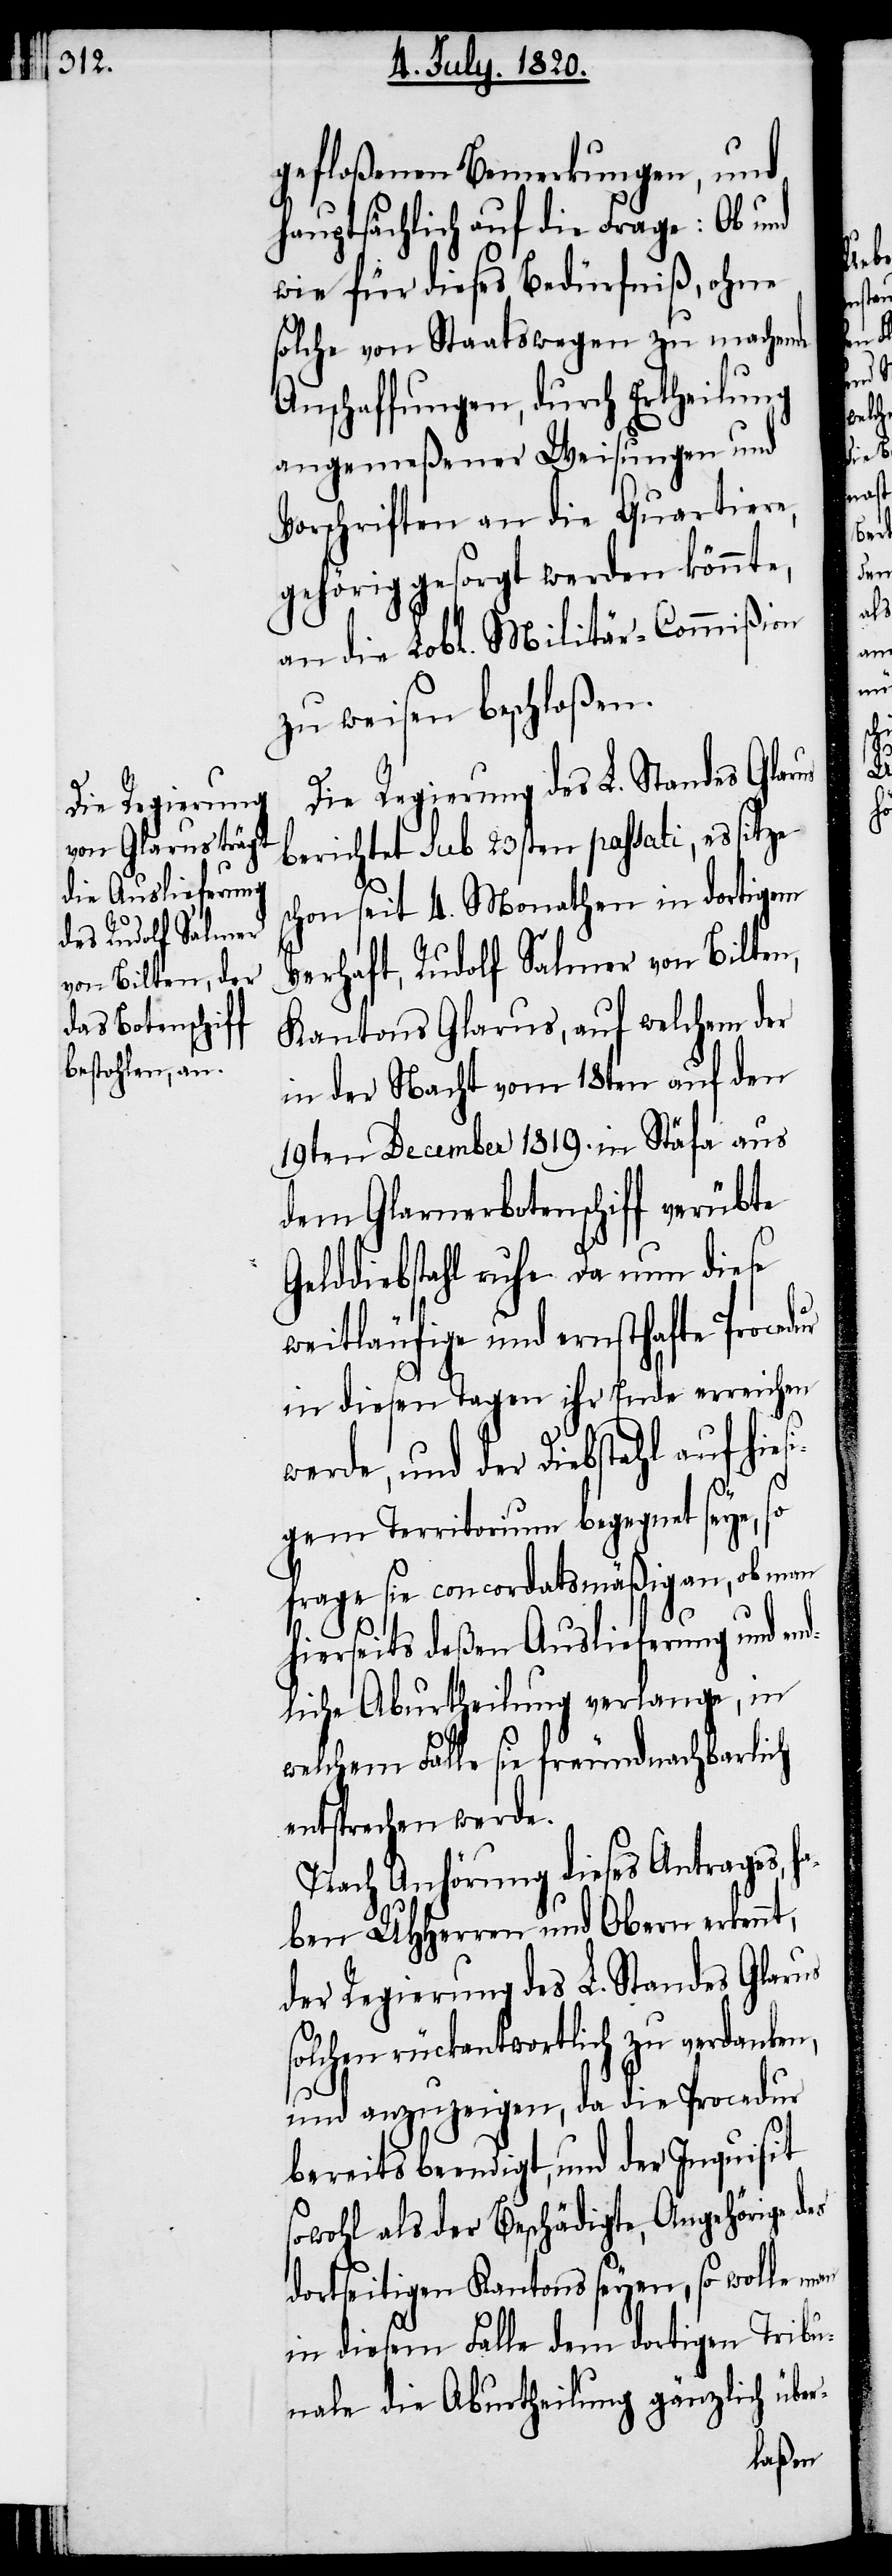
gefloßenen Bemerkungen, und
hauptsächlich auf die Frage: Ob und
wie für dieses Bedürfniß, ohne
solche von Staatswegen zu machende
Anschaffungen, durch Ertheilung
angemeßener Weisungen und
Vorschriften an die Quartiere,
gehörig gesorgt werden könnte,
an die Lobl. Militär-Commißion
zu weisen beschloßen.
Die Regierung des L. Standes Glarus
berichtet Sub 23sten passati, es sitze
schon seit 4. Monathen in dortigem
Verhaft, Rudolf Salmer von Bilten,
Kantons Glarus, auf welchem der
in der Nacht vom 18ten auf den
19ten December 1819. in Stäfa aus
dem Glarnerbotenschiff verübte
Gelddiebstahl ruhe. Da nun diese
weitläufige und ernsthafte Procedur
in diesen Tagen ihr Ende erreichen
werde, und der Diebstahl auf hie¬
sigem Territorium begegnet seye, so
frage sie concordatsmäßig an, ob man
hierseits deßen Auslieferung und end¬
liche Aburtheilung verlange, in
welchem Falle sie freundnachbarlich
entsprechen werde.
Nach Anhörung dieses Antrages, h¬
aben UHherren und Obern erkennt,
der Regierung des L. Standes Glarus
solchen rückantwortlich zu verdanken,
und anzuzeigen, da die Procedur
bereits beendigt, und der Inquisit
sowohl als der Beschädigte, Angehörige des
dortseitigen Kantons seyen, so wolle man
in diesem Falle dem dortigen Tribu¬
nale die Aburtheilung gänzlich über-